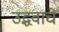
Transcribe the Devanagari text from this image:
उद्धवाचे